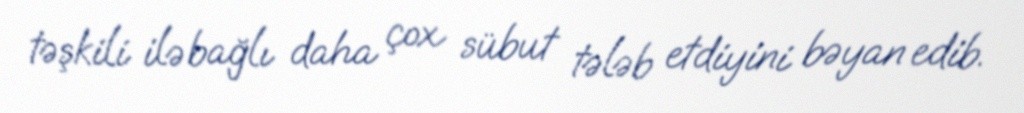
təşkili ilə bağlı daha çox sübut tələb etdiyini bəyan edib.